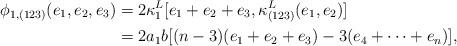
LaTeX: \begin{align*}\phi_{1,(123)}(e_1,e_2,e_3)&=2\kappa^L_{1}[e_1+e_2+e_3,\kappa^L_{(123)}(e_1,e_2)]\\&=2a_1b[(n-3)(e_1+e_2+e_3)-3(e_4+\cdots+e_n)],\end{align*}